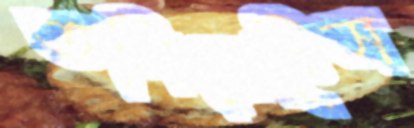
তলিয়েছিস